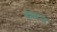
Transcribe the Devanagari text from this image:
कंवन